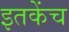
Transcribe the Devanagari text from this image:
इतकेंच